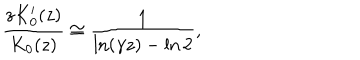
\frac { z K _ { 0 } ^ { \prime } ( z ) } { K _ { 0 } ( z ) } \cong \frac { 1 } { \ln ( \gamma z ) - \ln 2 } ,